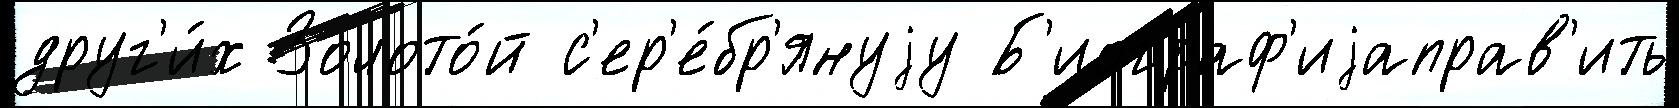
друг'и́х Золото́й с'ер'е́бр'януjу Б'иограф'иjаправ'ить